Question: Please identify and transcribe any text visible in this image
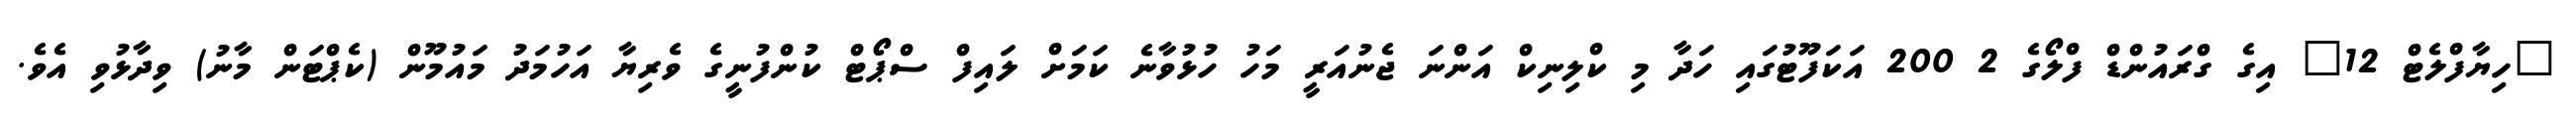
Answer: "ހިޔާފްލެޓް 12" އިގެ ގްރައުންޑް ފްލޯގެ 2 200 އަކަފޫޓުގައި ހަދާ މި ކްލިނިކް އަންނަ ޖެނުއަރީ މަހު ހުޅުވާނެ ކަމަށް ލައިފް ސްޕޯޓް ކުންފުނީގެ ވެރިޔާ އަހުމަދު މައުމޫން (ކެޕްޓަން މާނު) ވިދާޅުވި އެވެ.